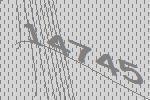
14745